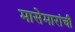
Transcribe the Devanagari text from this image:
मासेमारांची